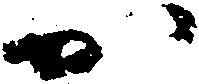
か